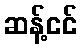
ဆန့်ငင်